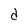
Character: d